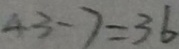
4 3 - 7 = 3 6